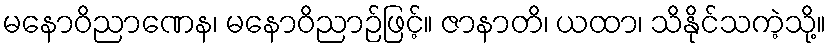
မနောဝိညာဏေန၊ မနောဝိညာဉ်ဖြင့်။ ဇာနာတိ၊ ယထာ၊ သိနိုင်သကဲ့သို့။